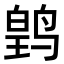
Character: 𬸛